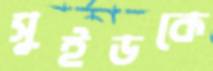
সুইডকে